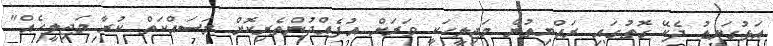
އަޅުގަނޑު ދެކޭ ގޮތުގައި ރައްޔިތުން މަޖިލީހަކީ ވަރަށް އުފެއްދުންތެރިކޮށް މަސައްކަތް ކުރާ މަޖިލީހެއް"